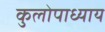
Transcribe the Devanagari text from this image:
कुलोपाध्याय